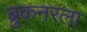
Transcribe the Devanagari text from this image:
ब्रुकनरला